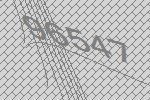
96547